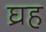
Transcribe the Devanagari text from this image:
घ्रह